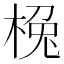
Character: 㭸